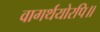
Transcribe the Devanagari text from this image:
वागर्थयोरपि॥